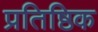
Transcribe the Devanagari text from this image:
प्रतिष्ठिक